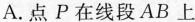
A.点P在线段AB上